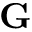
\textbf { G }